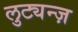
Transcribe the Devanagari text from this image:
लुट्यन्ज़